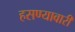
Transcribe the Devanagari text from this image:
हसण्यावारी